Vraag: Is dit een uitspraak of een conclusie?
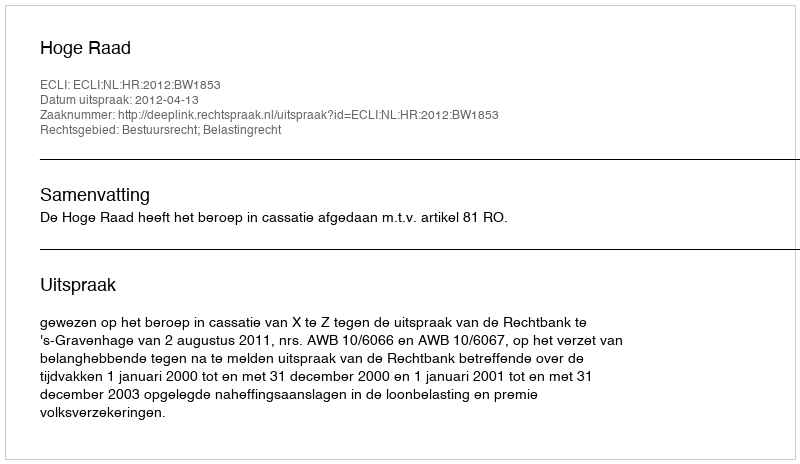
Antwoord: Uitspraak